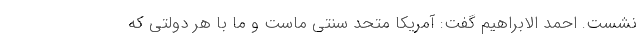
نشست. احمد الابراهیم گفت: آمریکا متحد سنتی ماست و ما با هر دولتی که